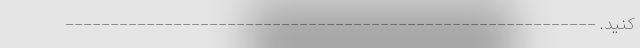
کنید. -----------------------------------------------------------